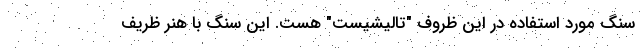
سنگ مورد استفاده در این ظروف "تالیشیست" هست. این سنگ با هنر ظریف